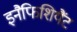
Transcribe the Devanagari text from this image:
इनैफिशियैंट